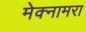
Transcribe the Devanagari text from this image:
मेक्नामरा